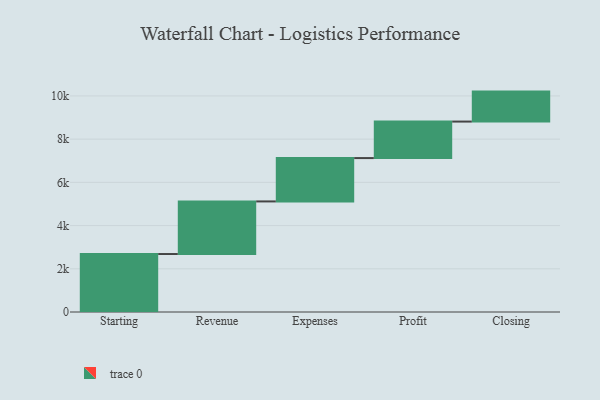
{"axis": {"x": "Step", "y": "Value"}, "legend": [""], "data": [{"x": "Starting", "y": 2683.0, "type": ""}, {"x": "Revenue", "y": 2435.0, "type": ""}, {"x": "Expenses", "y": 2006.0, "type": ""}, {"x": "Profit", "y": 1690.0, "type": ""}, {"x": "Closing", "y": 1387.0, "type": ""}]}